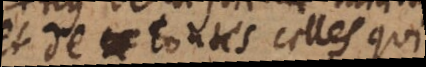
et de toutes celles qui